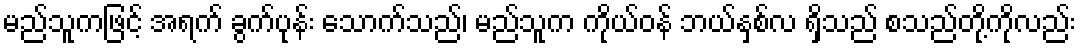
မည်သူကဖြင့် အရက် ခွက်ပုန်း သောက်သည်၊ မည်သူက ကိုယ်ဝန် ဘယ်နှစ်လ ရှိသည် စသည်တို့ကိုလည်း